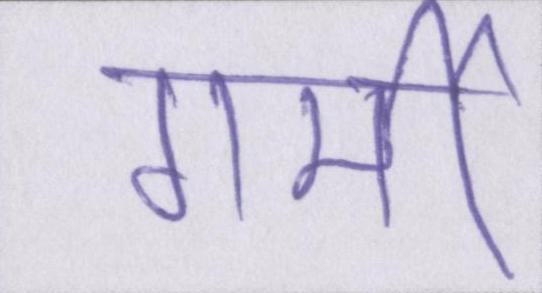
गर्मी